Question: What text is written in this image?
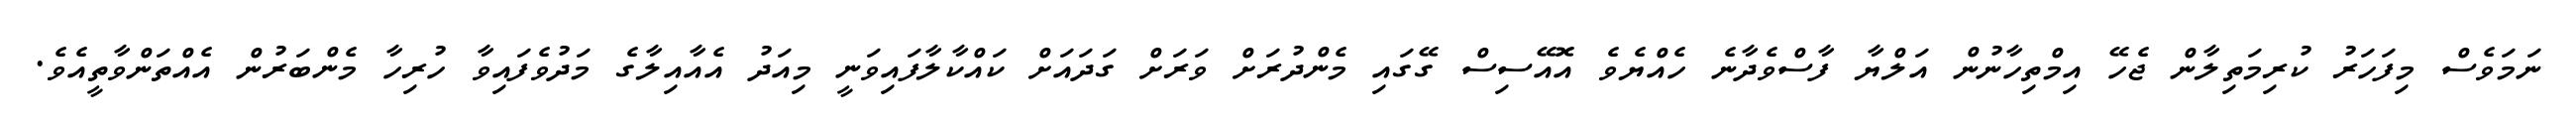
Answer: ނަމަވެސް މިފަހަރު ކުރިމަތިލާން ޖެހޭ އިމްތިހާނުން އަލްޔާ ފާސްވެދާނެ ހެއްޔެވެ އޮއޭސިސް ގޭގައި މެންދުރަށް ވަރަށް ގަދައަށް ކައްކާލާފައިވަނީ މިއަދު އެއާއިލާގެ މަދުވެފައިވާ ހުރިހާ މެންބަރުން އެއްތަންވާތީއެވެ.